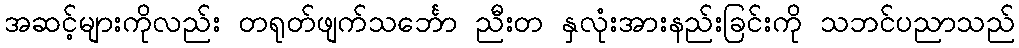
အဆင့်များကိုလည်း တရုတ်ဖျက်သင်္ဘော ညီးတ နှလုံးအားနည်းခြင်းကို သဘင်ပညာသည်